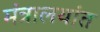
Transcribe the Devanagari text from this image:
मंत्रालयांत